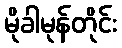
မိုခါမုန်တိုင်း